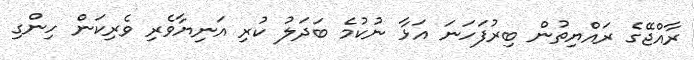
ރާއްޖޭގެ ރައްޔިތުން ބިރުފަހަނަ އަޅާ ނުކުމެ ބަދަލު ކުރި އަނިޔާވެރި ވެރިކަން ހިންގި